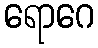
ရောဂေ